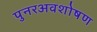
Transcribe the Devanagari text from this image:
पुनरअवशोषण